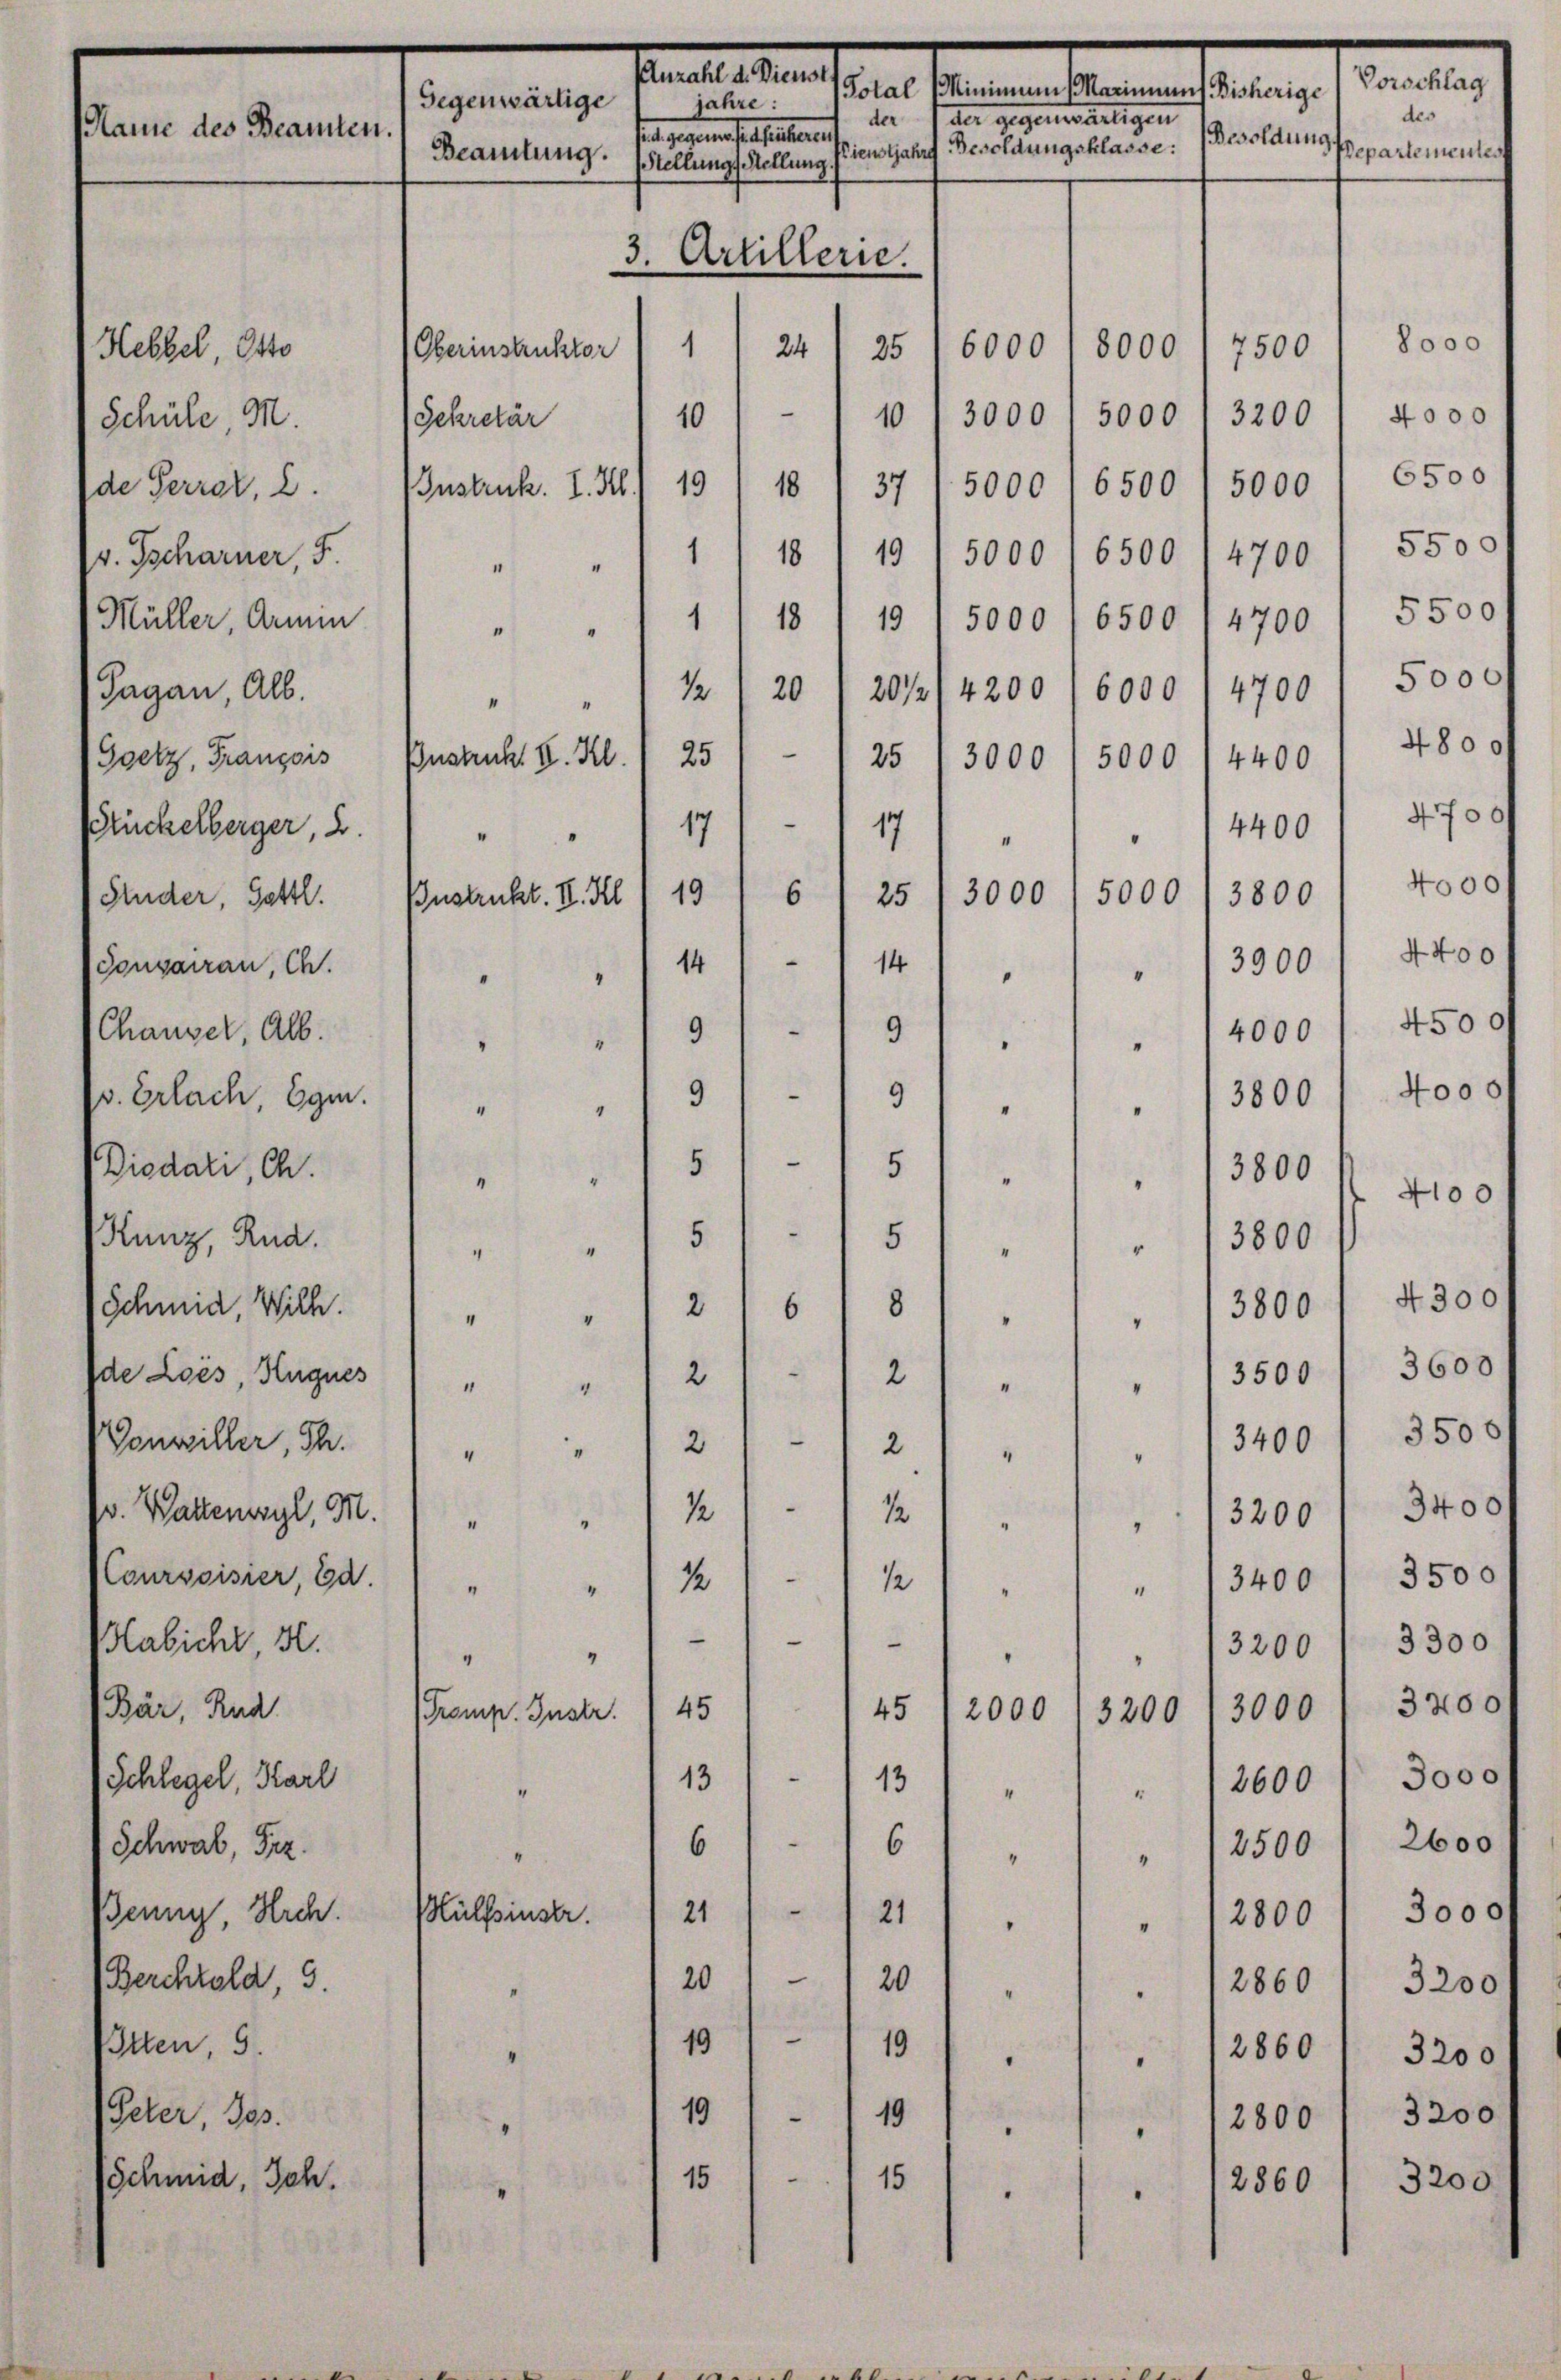
amals den
Total (Minimum (Mariniums Bisherige
Gegenwärtige
jahre:
der Gegensartigen
der
mnen.
sicht gegenen festseiter auf
Besoldung separtementen
ienstjahre Besoldungsklasse:
Beamtung. (Stellungs Stellung.
3. Artillerie.

1
24
6000 1 5000 l 7500
Oberinstruktor
25
Sekretär " 10 1/10 13000, 5000 1 3200
19/ 18 f 37 1 5000 l 6500 / 5000
Instruck. I. Kl.
1
18 19) 5000 1 6500) 4700
4
 1 1/ 18 19) 5000 " 6500 " 4700
12
20 / 20/2/4200 (6000 /4700
“
"
—
25
Instrukt V. Kl.
25 I 3000 / 5000 14400
19 " " 17
4400
"
I
19
3000
6
5000
25
3800
Instruckt. II. Hil
14
3900
 14
"
"
.
9)
9
4000
"
"
“
"
.
991 " " " 3000
"
“
 151 - 15
3800
"
"
" 151. 151 " " " 13800
4
2/6/81 " " " 13800
"
I
2
3
2
3500
4
“
4
I
2
2
2
13400
"
“
“
.
12
12
.
13200

"
“
.
.
12
3400
12

“
I
—
.
e
3200
"
“
45
45
2000
3000
romp. Instr.
3200
13
13
2600
"
4
6
6
" 12500
"
"
2121)
Hülfsinstr.
2800
.
1
ch
20 / 20 " " " 12860
19/10
te
2860
“
e
.
19 119
Peter, Jos.
2800
“
d
15
15
chun
2. Joh.
2860
4

1.

Vorschlag
des

4000
6500
5500
5500
5000
4800
4700
4000
4400
4500
4000
4100
4300
3600
3500
3400
3500
3300
3200
3000
2600
3000
3200
3200
3200
3200.

8ooo